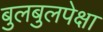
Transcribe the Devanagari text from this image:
बुलबुलपेक्षा